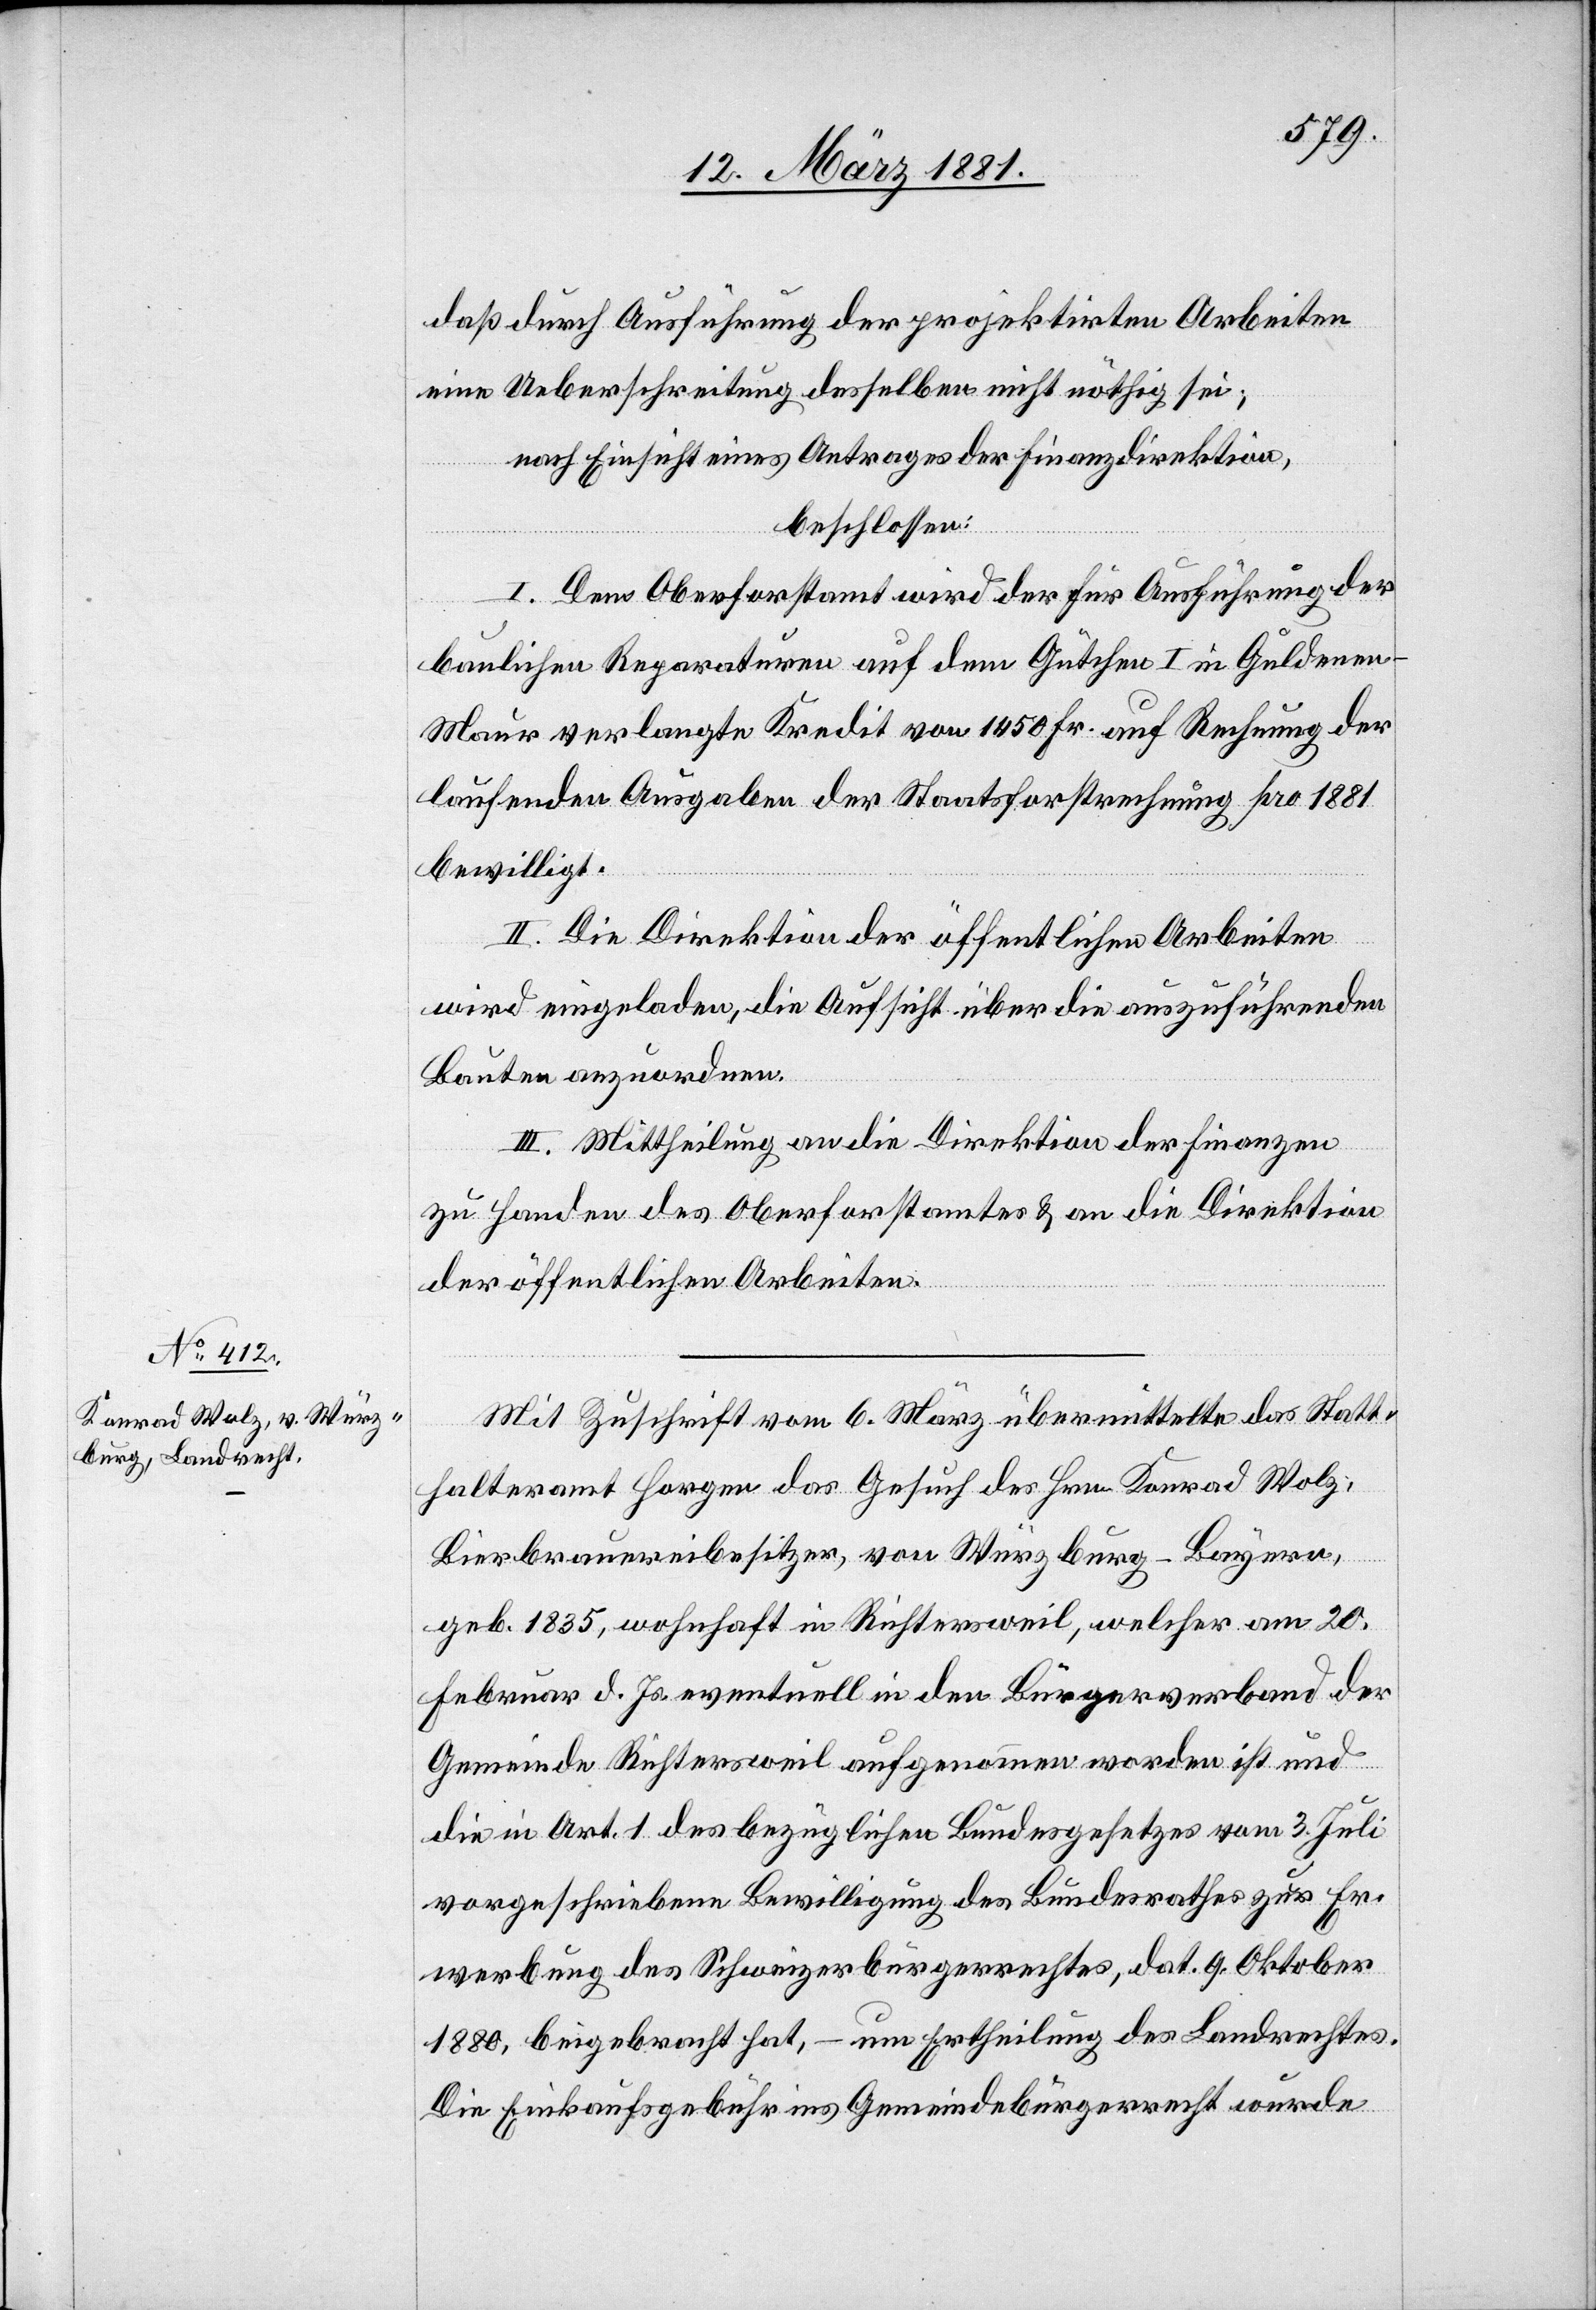
daß durch Ausführung der projektirten Arbeiten
eine Ueberschreitung desselben nicht nöthig sei;
nach Einsicht eines Antrages der Finanzdirektion,
beschlossen:
I. Dem Oberforstamt wird der für Ausführung der
baulichen Reparaturen auf dem Gütchen I in Guldenen
Maur verlangte Kredit von 1450 Fr. auf Rechnung der
laufenden Ausgaben der Staatsforstrechnung pro 1881
bewilligt.
II. Die Direktion der öffentlichen Arbeiten
wird eingeladen, die Aufsicht über die auszuführenden
Bauten anzuordnen.
III. Mittheilung an die Direktion der Finanzen
zu Handen des Oberforstamtes & an die Direktion
der öffentlichen Arbeiten.
Mit Zuschrift vom 6. März übermittelte das Statt¬
halteramt Horgen das Gesuch des Hrn. Konrad Wolz,
Bierbrauereibesitzer, von Würzburg - Bayern,
geb. 1835, wohnhaft in Richtersweil, welcher am 20.
Februar d. Js. eventuell in den Bürgerverband der
Gemeinde Richtersweil aufgenommen worden ist und
die in Art. 1 des bezüglichen Bundesgesetzes vom 3. Juli
vorgeschriebene Bewilligung des Bundesrathes zur Er¬
werbung des Schweizerbürgerrechtes, dat. 9. Oktober
1880, beigebracht hat, – um Ertheilung des Landrechtes.
Die Einkaufsgebühr ins Gemeindebürgerrecht wurde